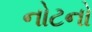
નોટનો